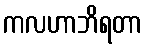
ကလဟာဘိရတာ